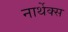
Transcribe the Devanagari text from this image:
नार्थेक्स